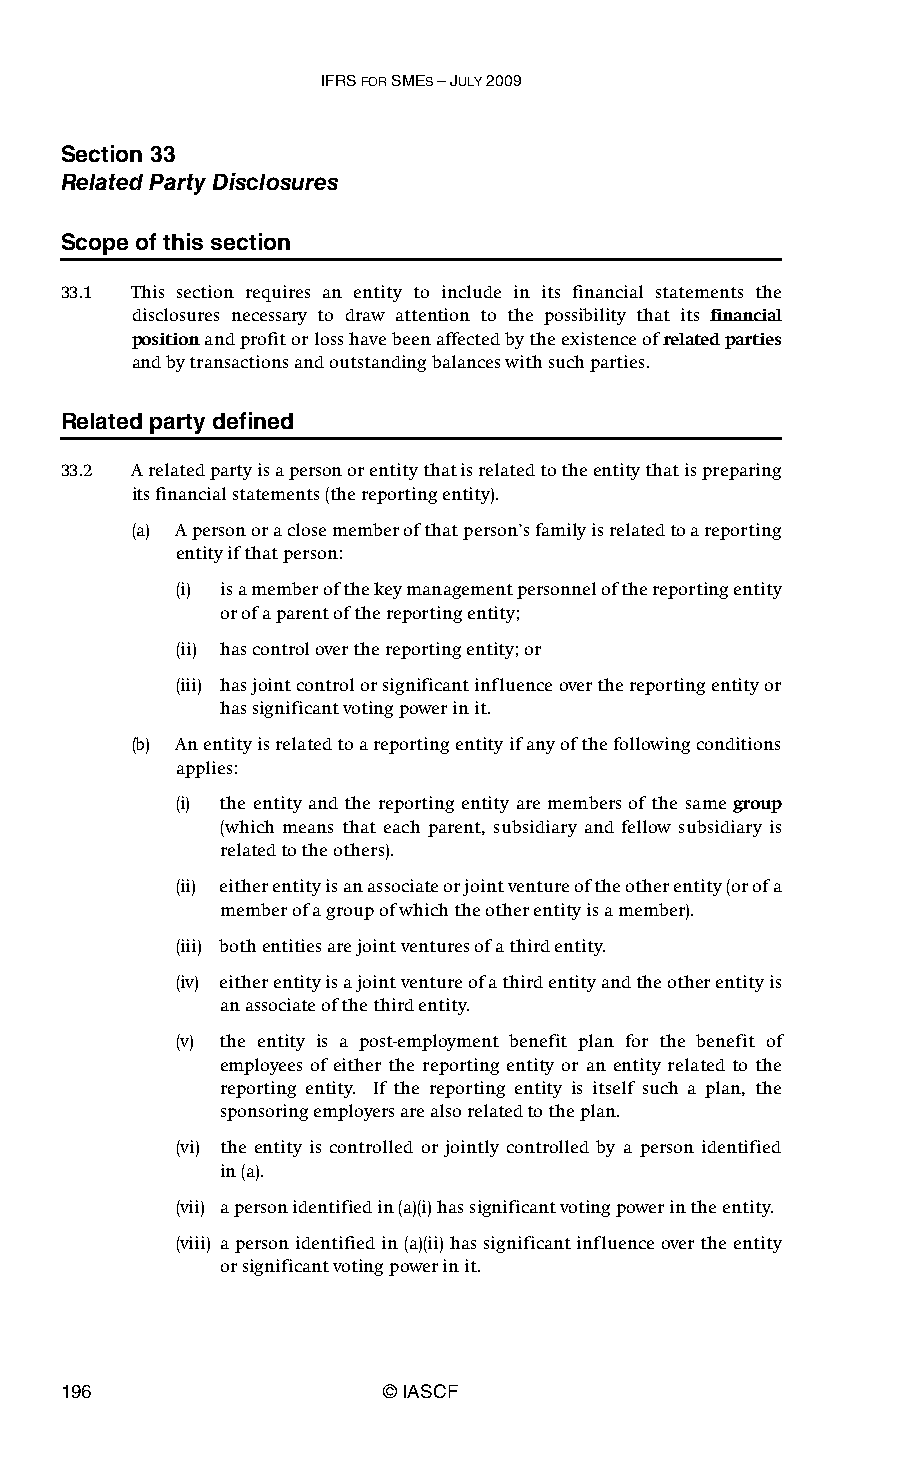
IFRS FOR SMES – JULY 2009
 Section 33
 Related Party Disclosures
 Scope of this section
 33.1 This section requires an entity to include in its financial statements the
 disclosures necessary to draw attention to the possibility that its financial
 position and profit or loss have been affected by the existence of related parties
 and by transactions and outstanding balances with such parties.
 Related party defined
 33.2 A related party is a person or entity that is related to the entity that is preparing
 its financial statements (the reporting entity).
 (a) A person or a close member of that person’s family is related to a reporting
 entity if that person:
 (i) is a member of the key management personnel of the reporting entity
 or of a parent of the reporting entity;
 (ii) has control over the reporting entity; or
 (iii) has joint control or significant influence over the reporting entity or
 has significant voting power in it.
 (b) An entity is related to a reporting entity if any of the following conditions
 applies:
 (i) the entity and the reporting entity are members of the same group
 (which means that each parent, subsidiary and fellow subsidiary is
 related to the others).
 (ii) either entity is an associate or joint venture of the other entity (or of a
 member of a group of which the other entity is a member).
 (iii) both entities are joint ventures of a third entity.
 (iv) either entity is a joint venture of a third entity and the other entity is
 an associate of the third entity.
 (v) the entity is a post-employment benefit plan for the benefit of
 employees of either the reporting entity or an entity related to the
 reporting entity. If the reporting entity is itself such a plan, the
 sponsoring employers are also related to the plan.
 (vi) the entity is controlled or jointly controlled by a person identified
 in(a).
 (vii) a person identified in (a)(i) has significant voting power in the entity.
 (viii) a person identified in (a)(ii) has significant influence over the entity
 or significant voting power in it.
 196                   © IASCF